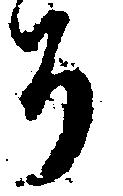
ち